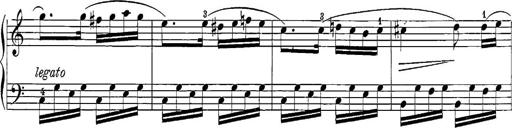
Title: 12 Sonatine per Pianoforte
Composer: Friedrich Kuhlau